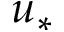
u _ { * }